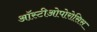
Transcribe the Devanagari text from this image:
ऑस्टीओपोरोसिस